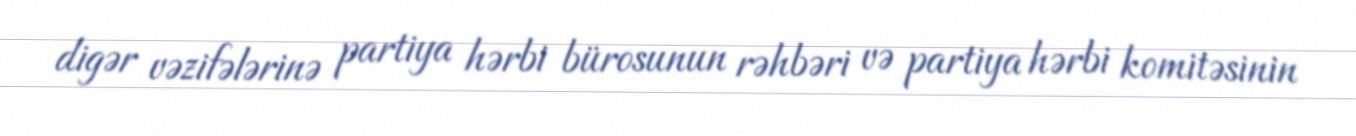
digər vəzifələrinə partiya hərbi bürosunun rəhbəri və partiya hərbi komitəsinin